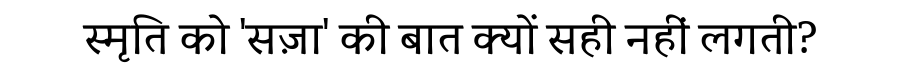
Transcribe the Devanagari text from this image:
स्मृति को 'सज़ा' की बात क्यों सही नहीं लगती?